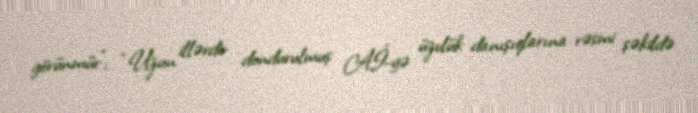
görünmür”; “Uzun illərdir dondurulmuş Aİ-yə üzvlük danışıqlarına rəsmi şəkildə